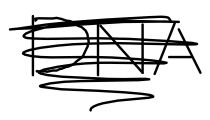
Text: DNA
Cross-out: scratch
Writing tool: digital_black